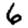
Digit: 6